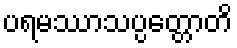
ပရမဿာသပ္ပတ္တောတိ